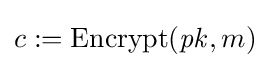
c:=\operatorname {Encrypt} ({\mathit {pk}},m)